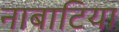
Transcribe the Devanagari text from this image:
नाबाटिया